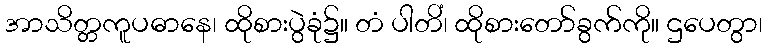
အာသိတ္တကူပဓာနေ၊ ထိုစားပွဲခုံ၌။ တံ ပါတိံ၊ ထိုစားတော်ခွက်ကို။ ဌပေတွာ၊